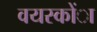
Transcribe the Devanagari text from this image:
वयस्कोंा